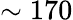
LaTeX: \sim 170